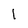
Character: I